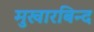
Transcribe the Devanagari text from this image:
मुखारबिन्द